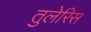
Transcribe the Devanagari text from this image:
तुलेरिस